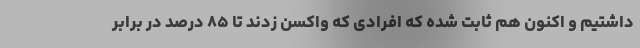
داشتیم و اکنون هم ثابت شده که افرادی که واکسن زدند تا ۸۵ درصد در برابر